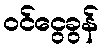
ဝင်ငွေခွန်